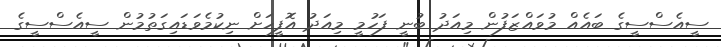
ސީއެސްސީގެ ބައެއް މުވައްޒަފުން މިއަދު ބުނީ ފަހުމީ މިއަދު އޮފީހަށް ނިކުމެވަޑައިގަތުމުން ސީއެސްސީގެ